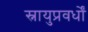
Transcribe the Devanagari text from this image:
स्नायुप्रवर्धों